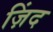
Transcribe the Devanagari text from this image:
ज़िंद